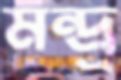
মন্দ্র্র